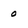
Character: 0